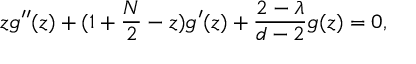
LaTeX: z g ^ { \prime \prime } ( z ) + ( 1 + \frac { N } { 2 } - z ) g ^ { \prime } ( z ) + \frac { 2 - \lambda } { d - 2 } g ( z ) = 0 ,